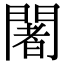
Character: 闍